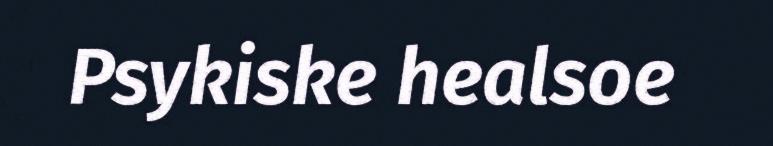
Psykiske healsoe